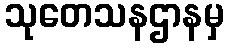
သုတေသနဌာနမှ